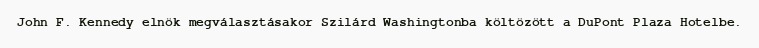
John F. Kennedy elnök megválasztásakor Szilárd Washingtonba költözött a DuPont Plaza Hotelbe.